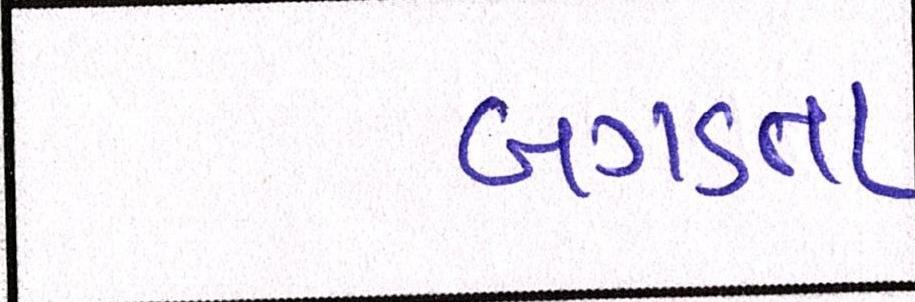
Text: બગડતા